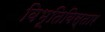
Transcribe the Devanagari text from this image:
विभूतिविस्तार